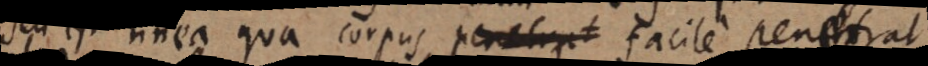
seu est linea qua corpus penetrat facile penetrat